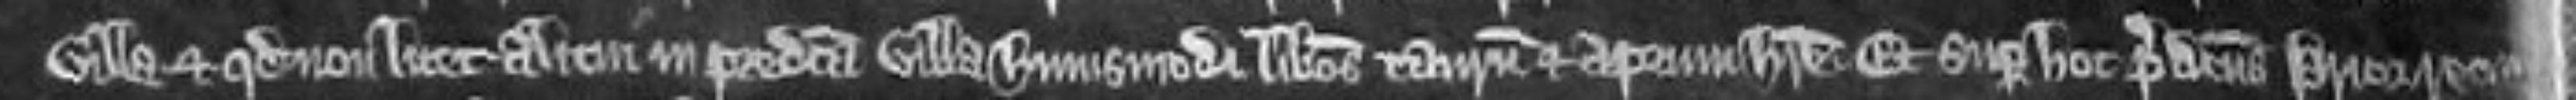
villa et quod non licet alicui in predicta villa hujusmodi liberos taurum et aprum habere. Et super hoc predictus prior requi